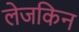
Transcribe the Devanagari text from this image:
लेजकिन